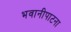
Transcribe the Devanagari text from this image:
भवानीपाटना